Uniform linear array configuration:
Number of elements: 24
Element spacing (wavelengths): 0.5
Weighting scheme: cosine
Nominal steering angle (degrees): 15
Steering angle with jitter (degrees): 16.613
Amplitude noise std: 0.05
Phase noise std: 0.05

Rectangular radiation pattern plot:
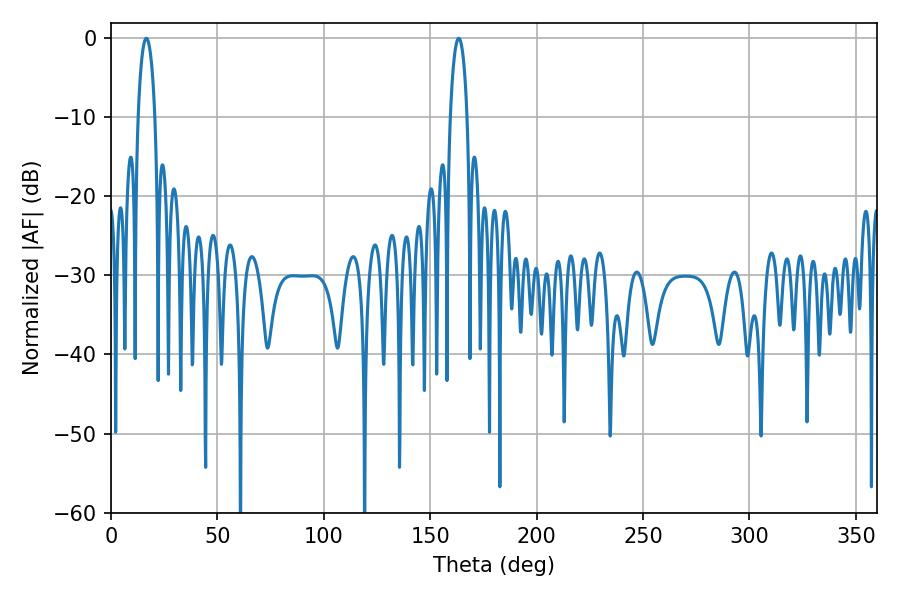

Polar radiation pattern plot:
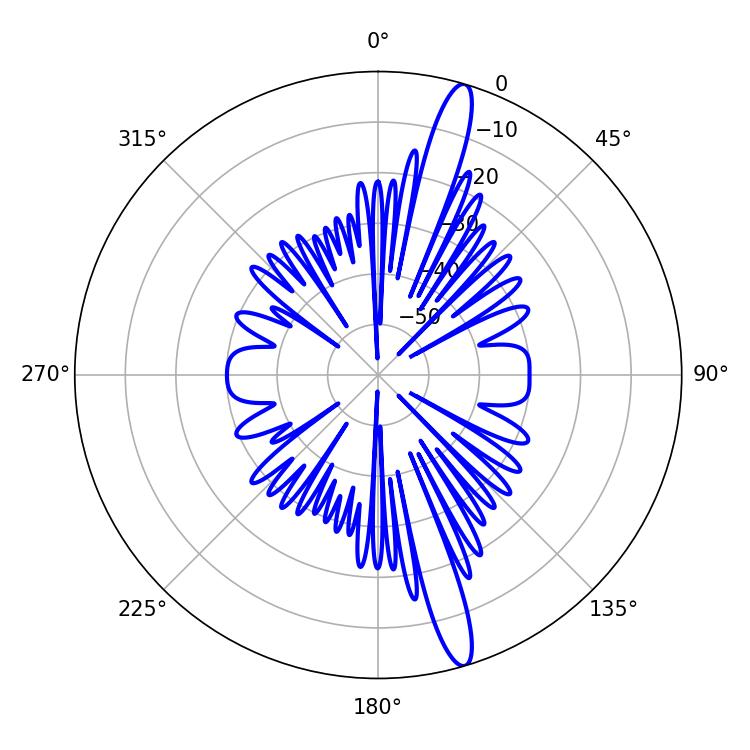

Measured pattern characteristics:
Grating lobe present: FALSE
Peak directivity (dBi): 16.019
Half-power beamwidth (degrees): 4.5
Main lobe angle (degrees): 16.56